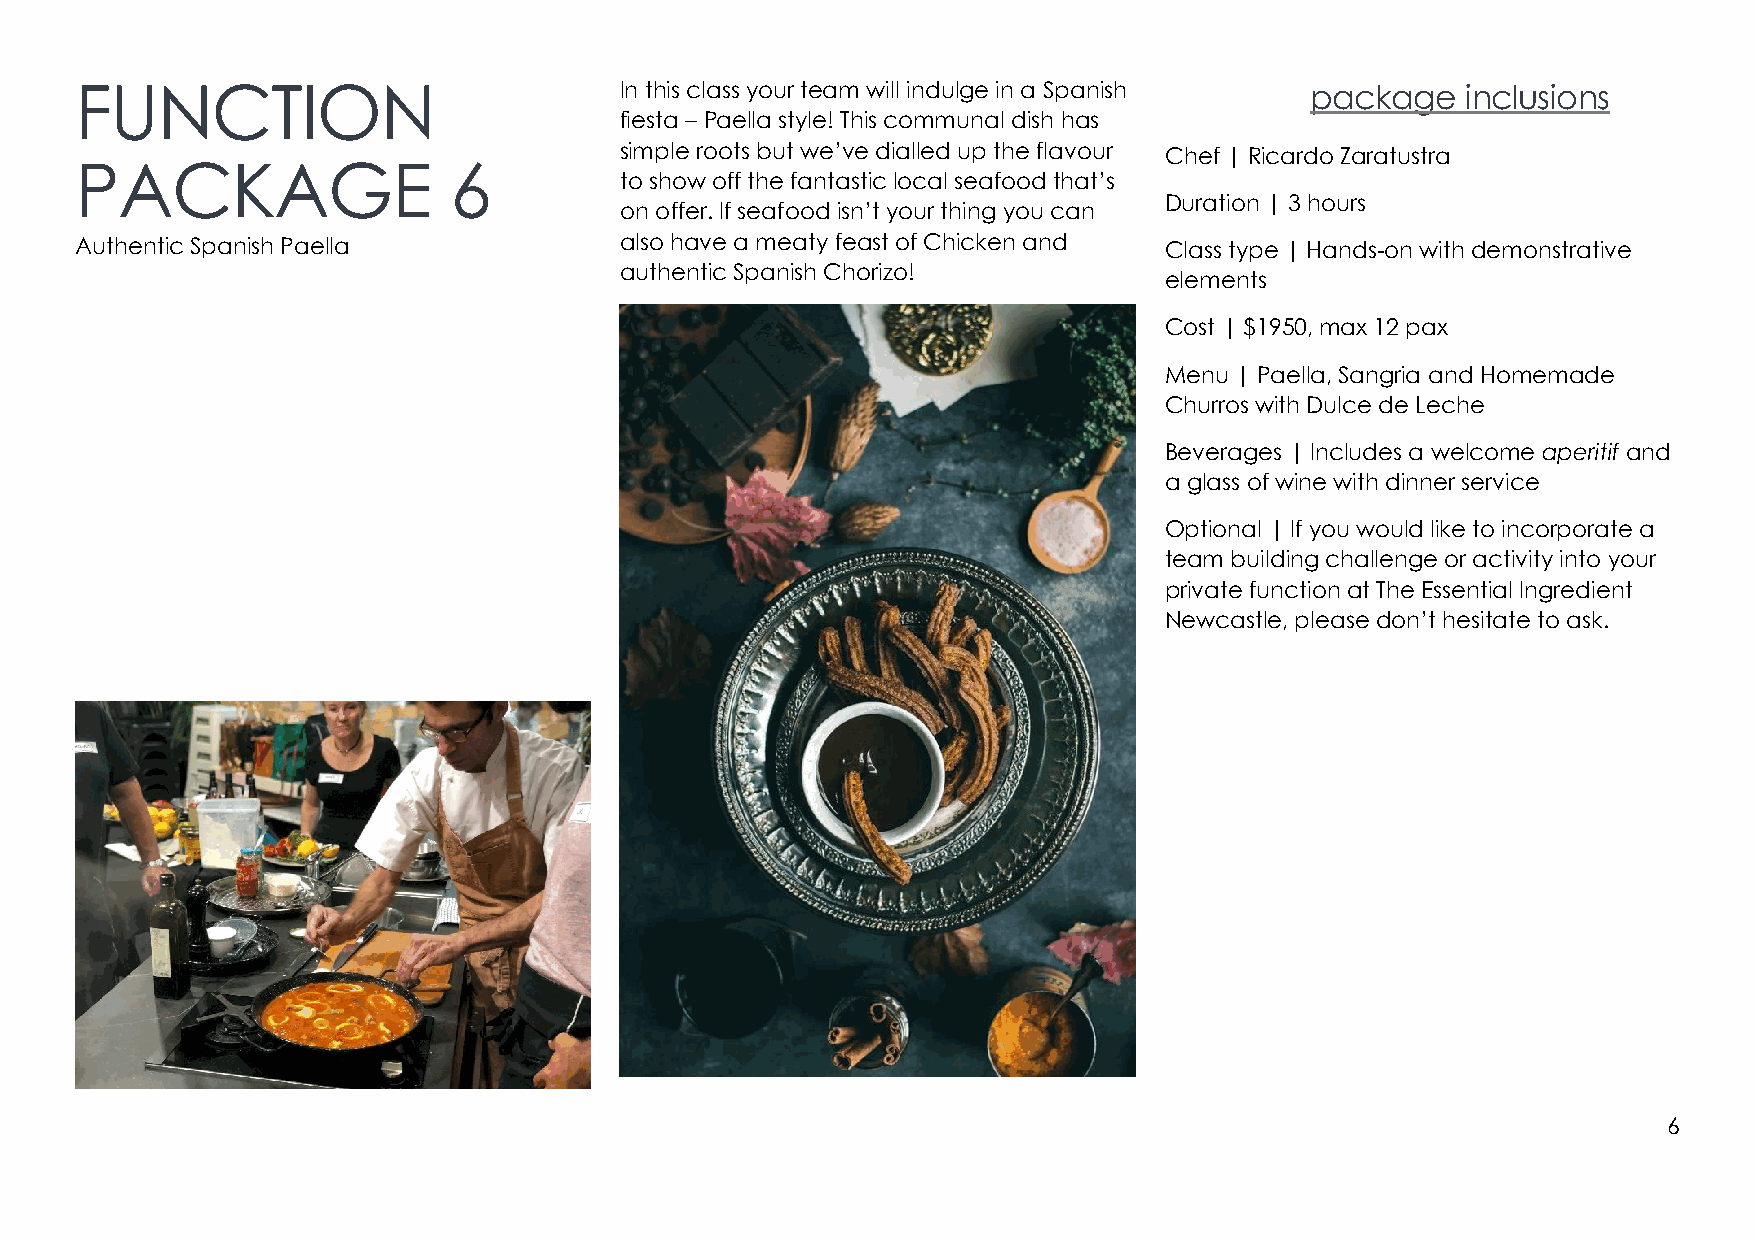
FUNCTION                            In this class your team will indulge in a Spanish package inclusions
 fiesta – Paella style! This communal dish has
 simple roots but we’ve dialled up the flavour Chef | Ricardo Zaratustra
 PACKAGE                  6
 to show off the fantastic local seafood that’s
 Duration | 3 hours
 on offer. If seafood isn’t your thing you can
 Authentic Spanish Paella            also have a meaty feast of Chicken and Class type | Hands-on with demonstrative
 authentic Spanish Chorizo!
 elements
 Cost | $1950, max 12 pax
 Menu | Paella, Sangria and Homemade
 Churros with Dulce de Leche
 Beverages | Includes a welcome aperitif and
 a glass of wine with dinner service
 Optional | If you would like to incorporate a
 team building challenge or activity into your
 private function at The Essential Ingredient
 Newcastle, please don’t hesitate to ask.
 6